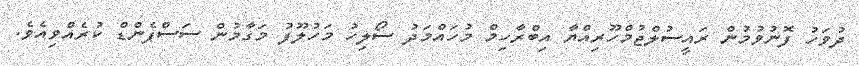
ދުވަހު ފޮނުވުމުން ރައީސުލްޖުމްހޫރިއްޔާ އިބްރާހިމް މުހައްމަދު ސޯލިހު މަހުލޫފު މަގާމުން ސަސްޕެންޑް ކުރެއްވިއެވެ.